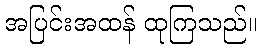
အပြင်းအထန် ထုကြသည်။